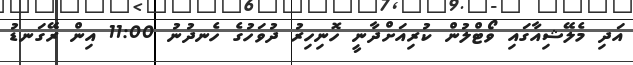
އަދި މެލޭޝިއާގައި ވޯޓްލުން ކުރިއަށްދާނީ ހޮނިހިރު ދުވަހުގެ ހެނދުނު 11:00 އިން ރޭގަނޑު